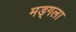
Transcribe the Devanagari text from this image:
मड्गला